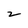
Character: 2